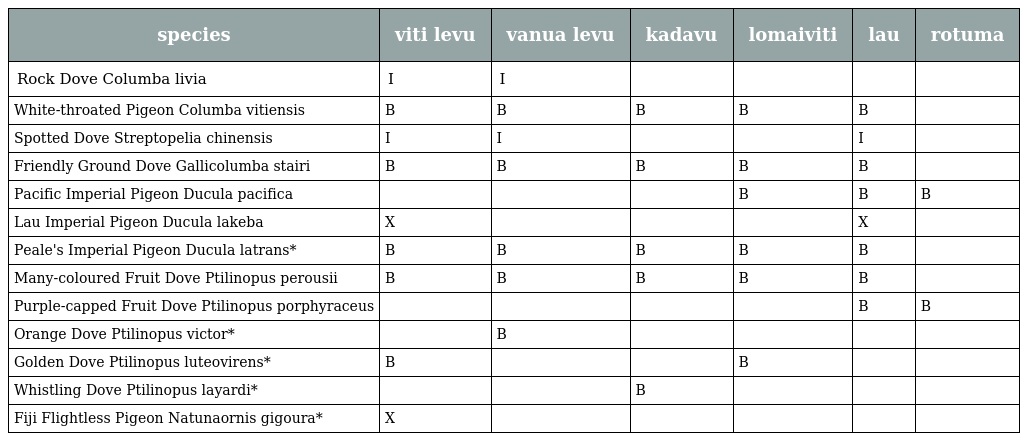
| species | viti levu | vanua levu | kadavu | lomaiviti | lau | rotuma |
 | --- | --- | --- | --- | --- | --- | --- |
 | Rock Dove Columba livia | I | I |  |  |  |  |
 | White-throated Pigeon Columba vitiensis | B | B | B | B | B |  |
 | Spotted Dove Streptopelia chinensis | I | I |  |  | I |  |
 | Friendly Ground Dove Gallicolumba stairi | B | B | B | B | B |  |
 | Pacific Imperial Pigeon Ducula pacifica |  |  |  | B | B | B |
 | Lau Imperial Pigeon Ducula lakeba | X |  |  |  | X |  |
 | Peale's Imperial Pigeon Ducula latrans* | B | B | B | B | B |  |
 | Many-coloured Fruit Dove Ptilinopus perousii | B | B | B | B | B |  |
 | Purple-capped Fruit Dove Ptilinopus porphyraceus |  |  |  |  | B | B |
 | Orange Dove Ptilinopus victor* |  | B |  |  |  |  |
 | Golden Dove Ptilinopus luteovirens* | B |  |  | B |  |  |
 | Whistling Dove Ptilinopus layardi* |  |  | B |  |  |  |
 | Fiji Flightless Pigeon Natunaornis gigoura* | X |  |  |  |  |  |